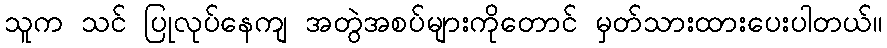
သူက သင် ပြုလုပ်နေကျ အတွဲအစပ်များကိုတောင် မှတ်သားထားပေးပါတယ်။